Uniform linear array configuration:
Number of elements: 32
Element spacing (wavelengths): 0.75
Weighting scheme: hamming
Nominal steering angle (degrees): -45
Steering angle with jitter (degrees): -46.725
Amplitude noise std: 0.05
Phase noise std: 0.05

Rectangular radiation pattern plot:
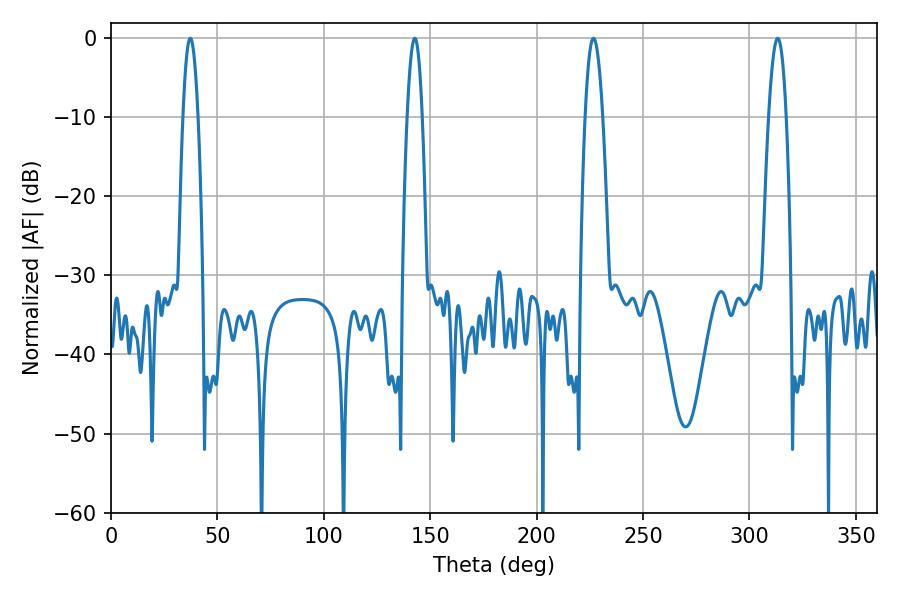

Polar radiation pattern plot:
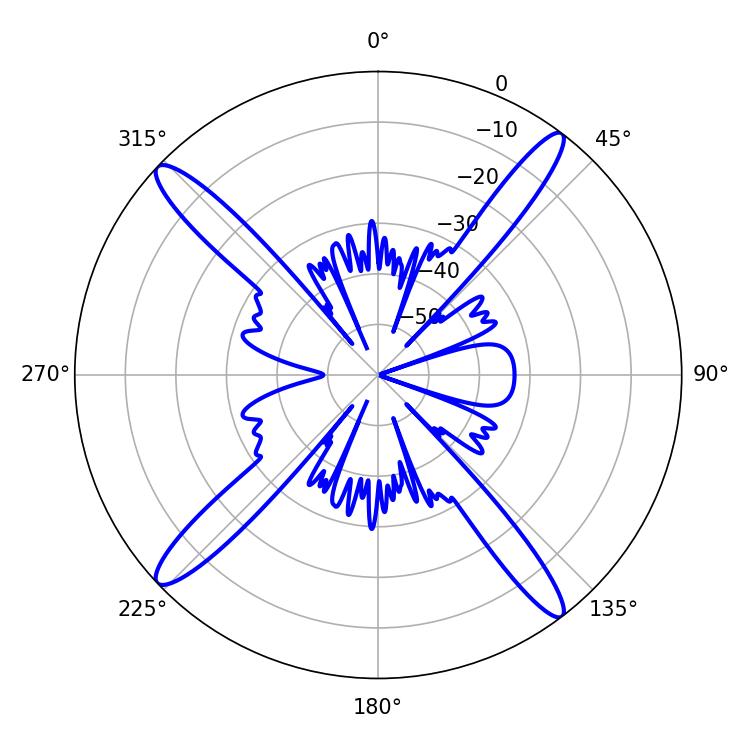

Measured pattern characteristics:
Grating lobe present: TRUE
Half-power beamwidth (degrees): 3.96
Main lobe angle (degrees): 37.26